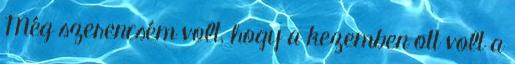
Még szerencsém volt, hogy a kezemben ott volt a